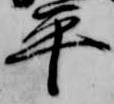
平